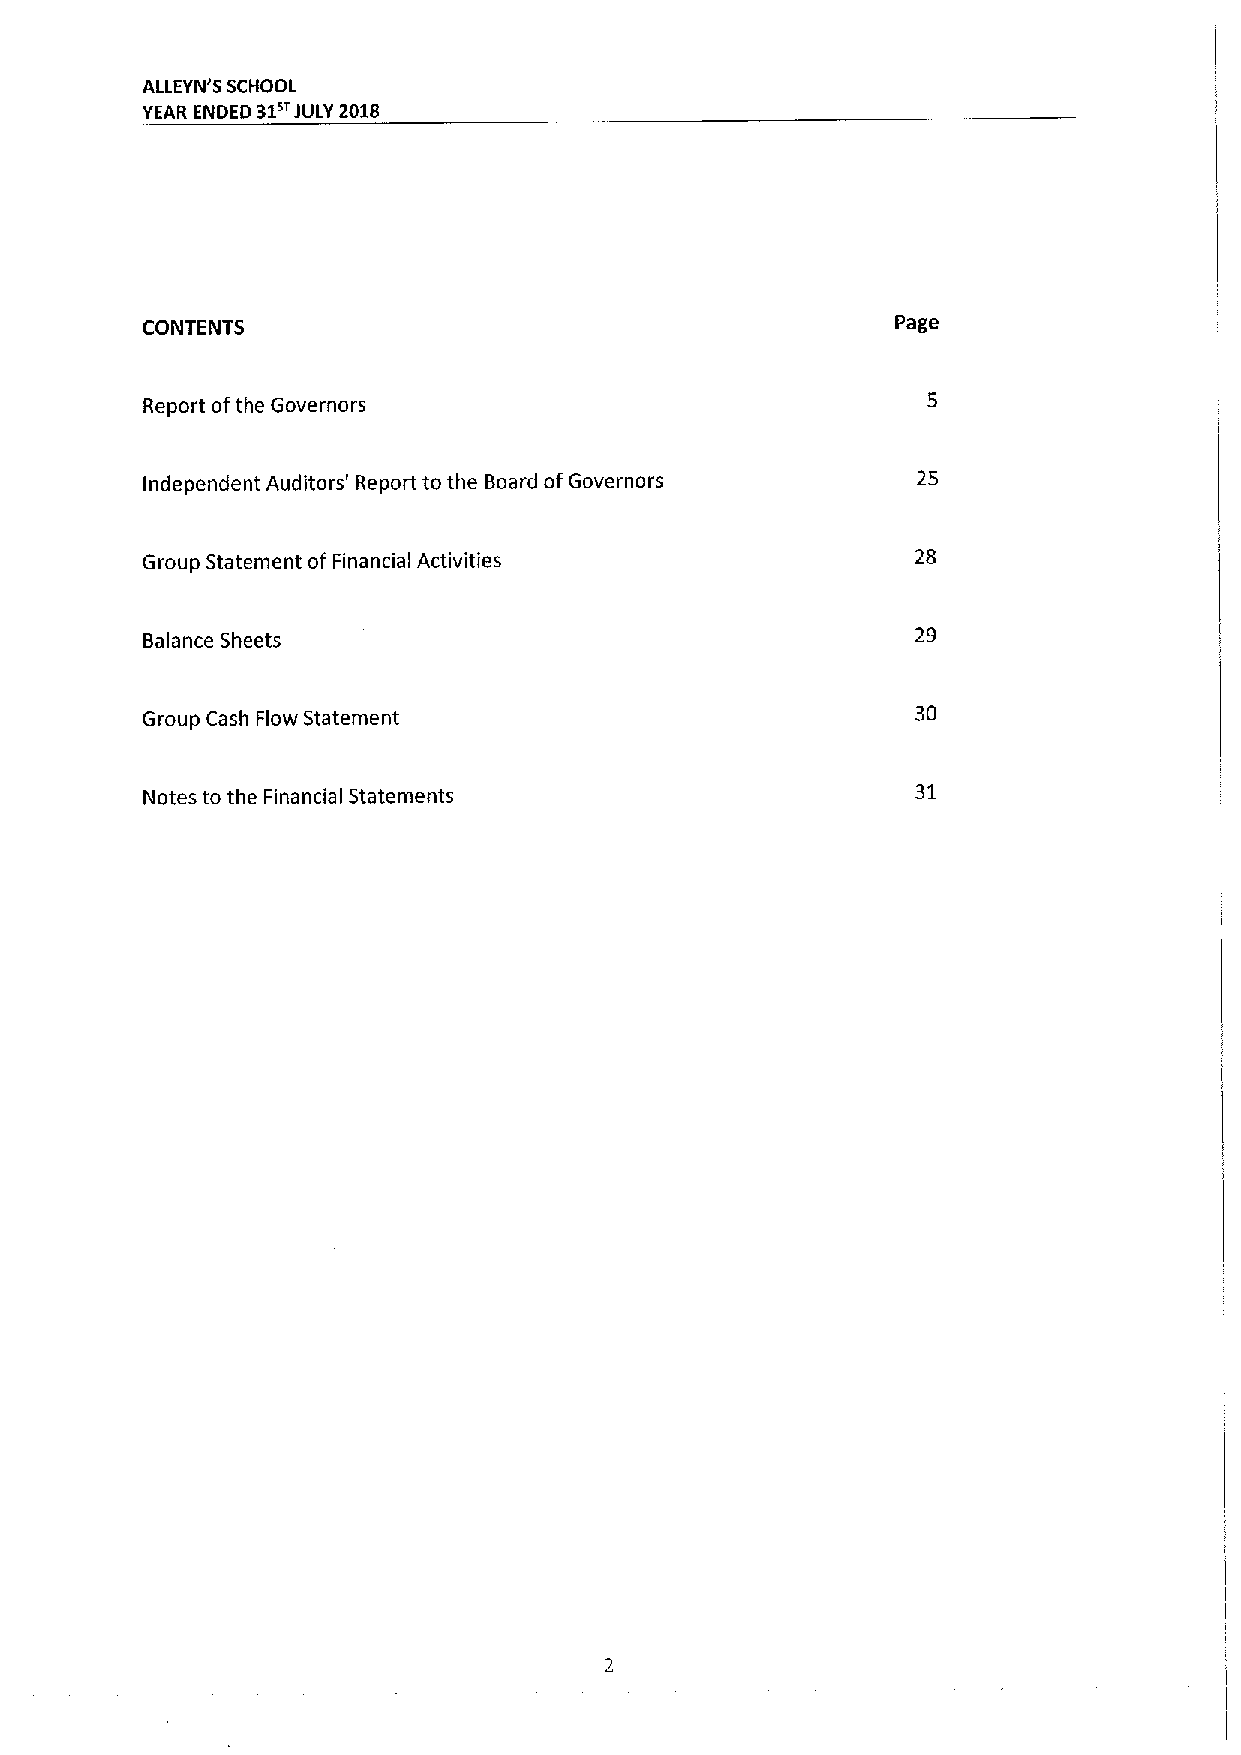
ALLEYN'5 SCHOOL
 YEAR ENDED 31sr JULY 2018
 Page
 CONTENTS
 Report ofthe Governors
 Independent Auditors' Report to the Board ofGovernors 25
 Group Statement of Financial Activities             28
 Balance Sheets                                      29
 Group Cash Flow Statement                           30
 31
 Notes to the Financial Statements